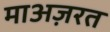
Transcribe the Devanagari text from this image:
माअज़रत